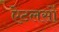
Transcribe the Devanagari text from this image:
ऐटलसों